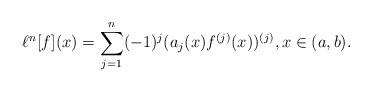
LaTeX: \begin{align*}\ell^n[f](x)=\sum_{j=1}^n(-1)^j(a_j(x)f^{(j)}(x))^{(j)}, x\in(a,b).\end{align*}